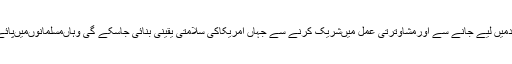
ٹرمپ کی طرف سے مسلمانوںکواعتمادمیں لیے جانے سے اورمشاوترتی عمل میںشریک کرنے سے جہاں امریکاکی سلامتی یقینی بنائی جاسکے گی وہاںمسلمانوںمیںپائے جانے والے خدشات بھی دورہوںگے۔